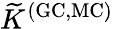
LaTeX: \widetilde{K}^{\mathrm{(GC,MC)}}